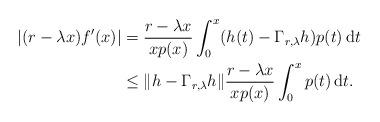
LaTeX: \begin{align*}| (r - \lambda x) f'(x)| &= \frac{ r - \lambda x }{xp(x)}\int_0^{x}(h(t)-\Gamma_{r,\lambda}h)p(t)\,\mathrm{d}t\\&\le \| h-\Gamma_{r,\lambda}h \| \frac{ r - \lambda x }{xp(x)}\int_0^{x} p(t)\,\mathrm{d}t.\end{align*}